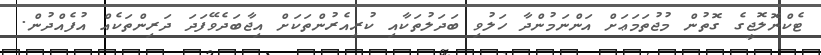
ޓެކްނޮލޮޖީގެ ގޮތުން މުޖުތަމަޢަށް އަންނަމުންދާ ހަލުވި ބަދަލުތަކާއި ކުރިއެރުންތަކަށް އިޖާބަދެވޭފަދަ ދަރިންތަކެއް އުފެއްދުން.